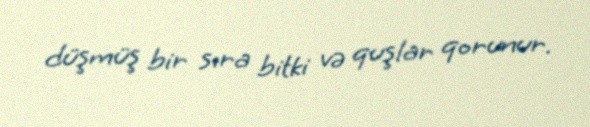
düşmüş bir sıra bitki və quşlar qorunur.